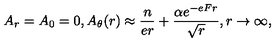
A _ { r } = A _ { 0 } = 0 , A _ { \theta } ( r ) \approx { \frac { n } { e r } } + { \frac { \alpha e ^ { - e F r } } { \sqrt r } } , r \to \infty ,